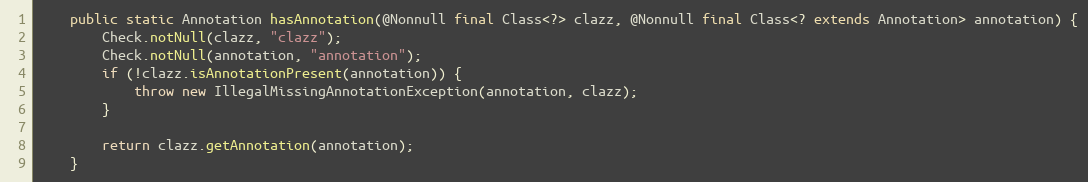
Language: Java
	public static Annotation hasAnnotation(@Nonnull final Class<?> clazz, @Nonnull final Class<? extends Annotation> annotation) {
		Check.notNull(clazz, "clazz");
		Check.notNull(annotation, "annotation");
		if (!clazz.isAnnotationPresent(annotation)) {
			throw new IllegalMissingAnnotationException(annotation, clazz);
		}

		return clazz.getAnnotation(annotation);
	}